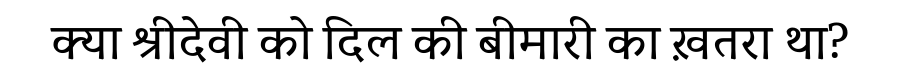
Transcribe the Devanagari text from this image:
क्या श्रीदेवी को दिल की बीमारी का ख़तरा था?